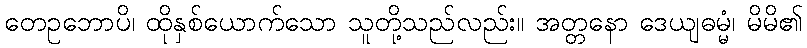
တေဥဘောပိ၊ ထိုနှစ်ယောက်သော သူတို့သည်လည်း။ အတ္တနော ဒေယျဓမ္မံ၊ မိမိ၏